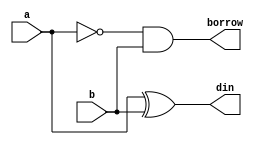
module subtractor(a,b,din,borrow);
input a,b;
output din,borrow;
assign din=a^b;
assign borrow=~a&b;
endmodule